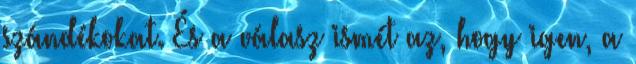
szándékokat. És a válasz ismét az, hogy igen, a